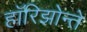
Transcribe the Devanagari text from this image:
हॉरिझोन्ते